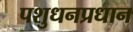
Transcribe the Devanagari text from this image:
पशुधनप्रधान